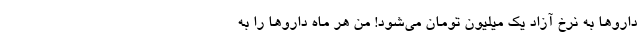
داروها به نرخ آزاد یک میلیون تومان می‌شود! من هر ماه داروها را به